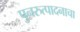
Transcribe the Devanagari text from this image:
पुनरुत्पादनाचा